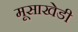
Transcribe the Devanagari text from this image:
मूसाखेडी